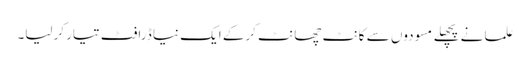
علما نے پچھلے مسودوں سے کانٹ چھانٹ کرکے ایک نیا ڈرافٹ تیار کرلیا۔